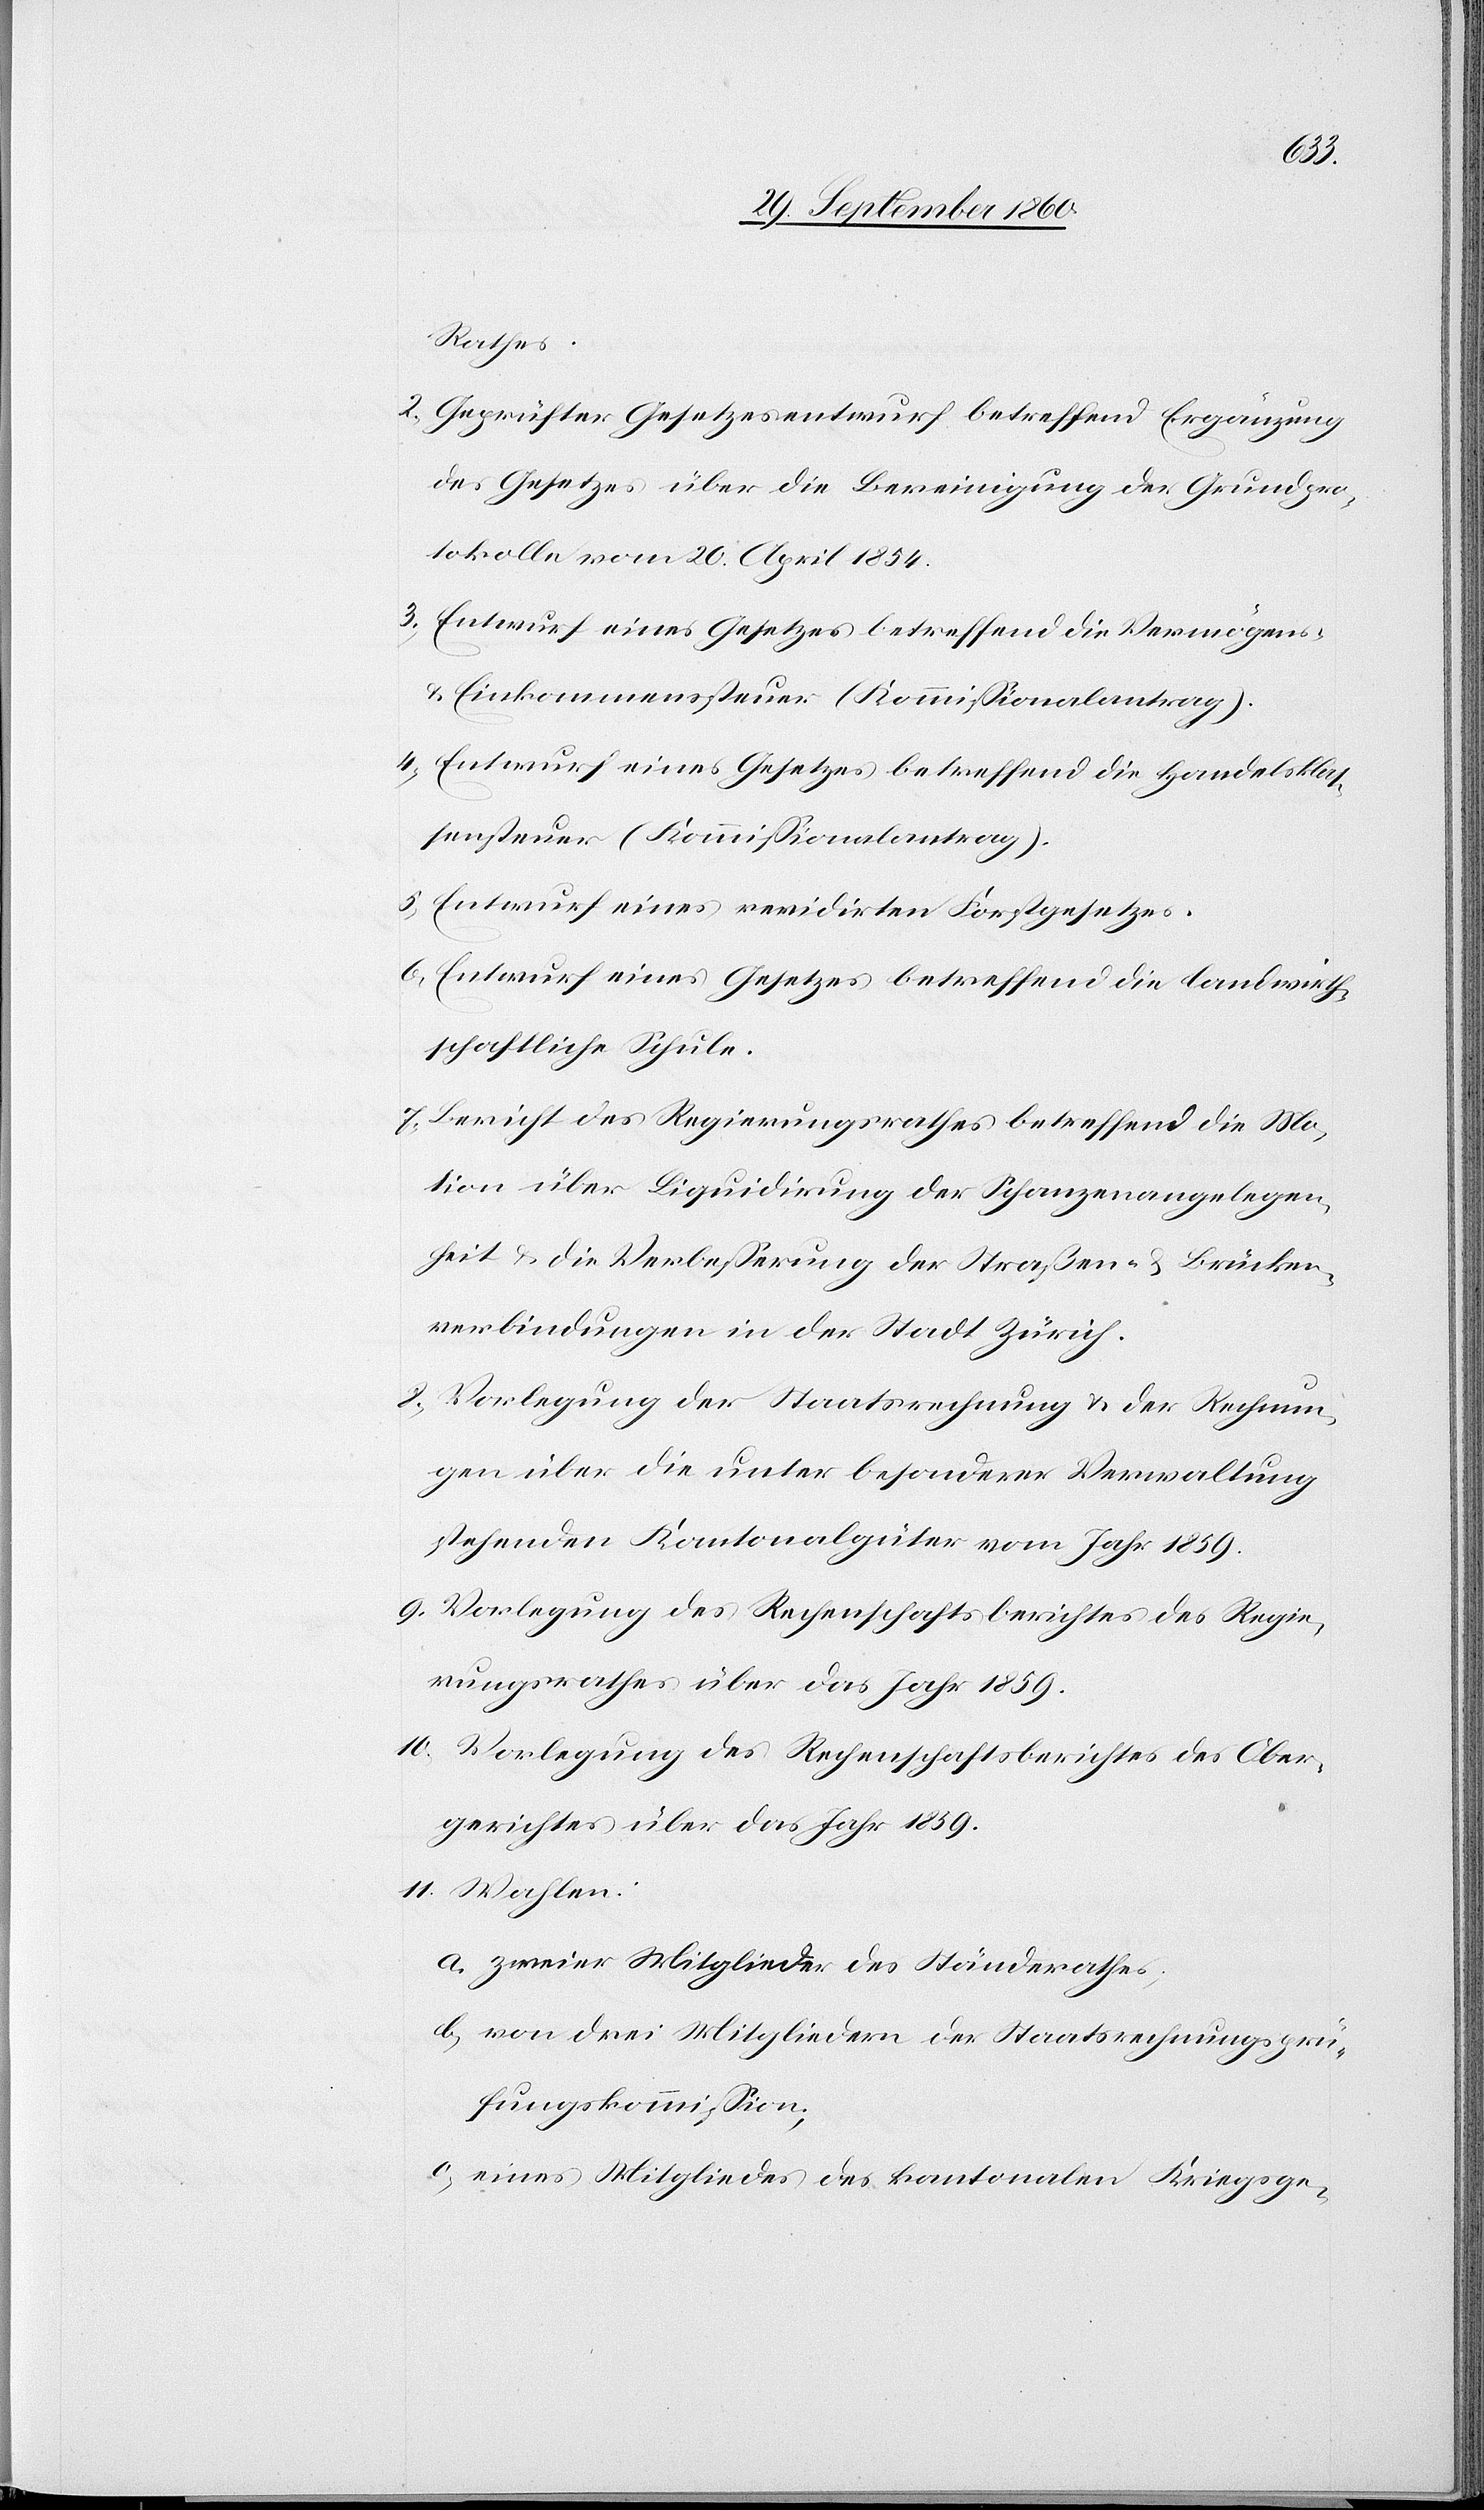
Rathes.
2. Geprüfter Gesetzesentwurf betreffend Ergänzung
des Gesetzes über die Bereinigung der Grundpro¬
tokolle vom 20. April 1854.
3. Entwurf eines Gesetzes betreffend die Vermögens-
u. Einkommenssteuer (Kommissionalantrag).
4. Entwurf eines Gesetzes betreffend die Handelsklas¬
sensteuer (Kommissionalantrag).
5. Entwurf eines revidirten Forstgesetzes.
6. Entwurf eines Gesetzes betreffend die landwirth¬
schaftliche Schule.
7. Bericht des Regierungsrathes betreffend die Mo¬
tion über Liquidirung der Schanzenangelegen¬
heit & die Verbesserung der Straßen- & Brücken¬
verbindungen in der Stadt Zürich.
8. Vorlegung der Staatsrechnung & der Rechnun¬
gen über die unter besonderer Verwaltung
stehenden Kantonalgüter vom Jahr 1859.
9. Vorlegung des Rechenschaftsberichtes des Regie¬
rungsrathes über das Jahr 1859.
10. Vorlegung des Rechenschaftsberichtes des Ober¬
gerichtes über das Jahr 1859.
11. Wahlen.
a. zweier Mitglieder des Ständerathes,
b. von drei Mitgliedern der Staatsrechnungsprü¬
fungskommission;
c. eines Mitgliedes des kantonalen Kriegsge-